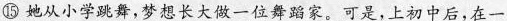
⑮ 她从小学跳舞，梦想长大做一位舞家。可是，上初中后，在一